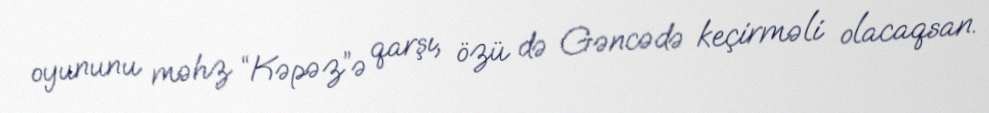
oyununu məhz “Kəpəz”ə qarşı, özü də Gəncədə keçirməli olacaqsan.